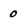
Character: 0